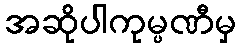
အဆိုပါကုမ္ပဏီမှ